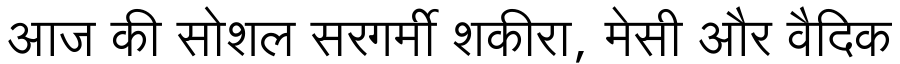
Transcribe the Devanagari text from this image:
आज की सोशल सरगर्मी शकीरा, मेसी और वैदिक